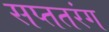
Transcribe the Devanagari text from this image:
सप्ततरंग